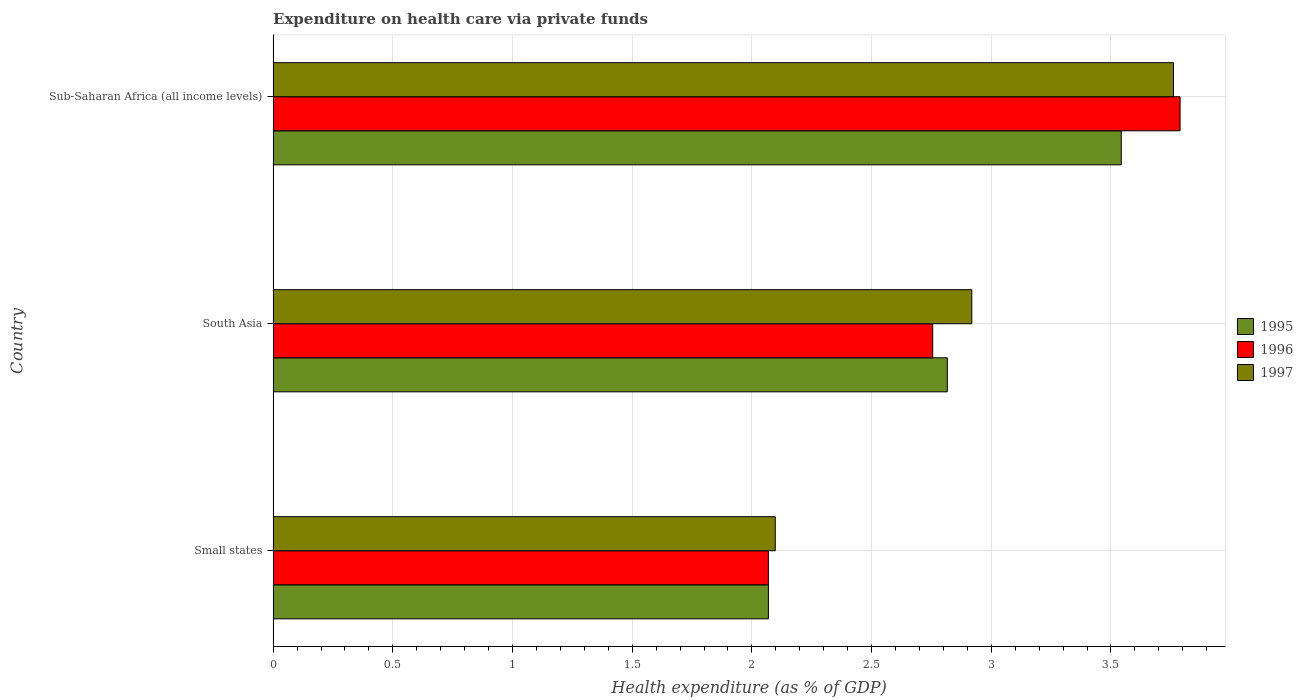
| Country | 1995 | 1996 | 1997 |
 | --- | --- | --- | --- |
 | Small states | 2.07 | 2.07 | 2.1 |
 | South Asia | 2.82 | 2.76 | 2.92 |
 | Sub-Saharan Africa (all income levels) | 3.54 | 3.79 | 3.76 |